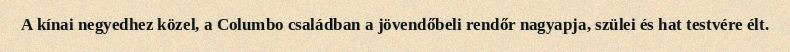
A kínai negyedhez közel, a Columbo családban a jövendőbeli rendőr nagyapja, szülei és hat testvére élt.